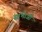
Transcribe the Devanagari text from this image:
सांभाजी